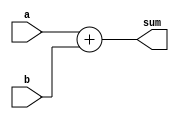
module adder (
    input a, 
    input b,
    output sum,
);
    assign sum = a+b;
    
endmodule